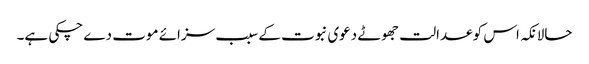
حالانکہ اس کو عدالت جھوٹے دعوی نبوت کے سبب سزائے موت دے چکی ہے۔